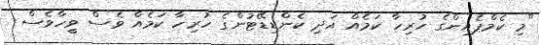
"މި ކެމްޕެއިންގެ ހުރިހާ ކަމެއް އަދި ކެންޑިޑޭޓުންގެ ހުރިހާ ކަމެއް ވެސް ވީހާވެސް